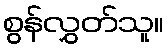
စွန်လွှတ်သူ။